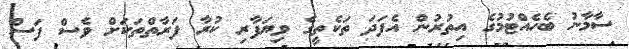
ސާމާނު ބެހެއްޓުމުގެ އިތުރުން އެފަދަ ތަކެތީގެ ވިޔަފާރި ކުރާ ފަރާތްތަކަށް ވެސް ފަސް